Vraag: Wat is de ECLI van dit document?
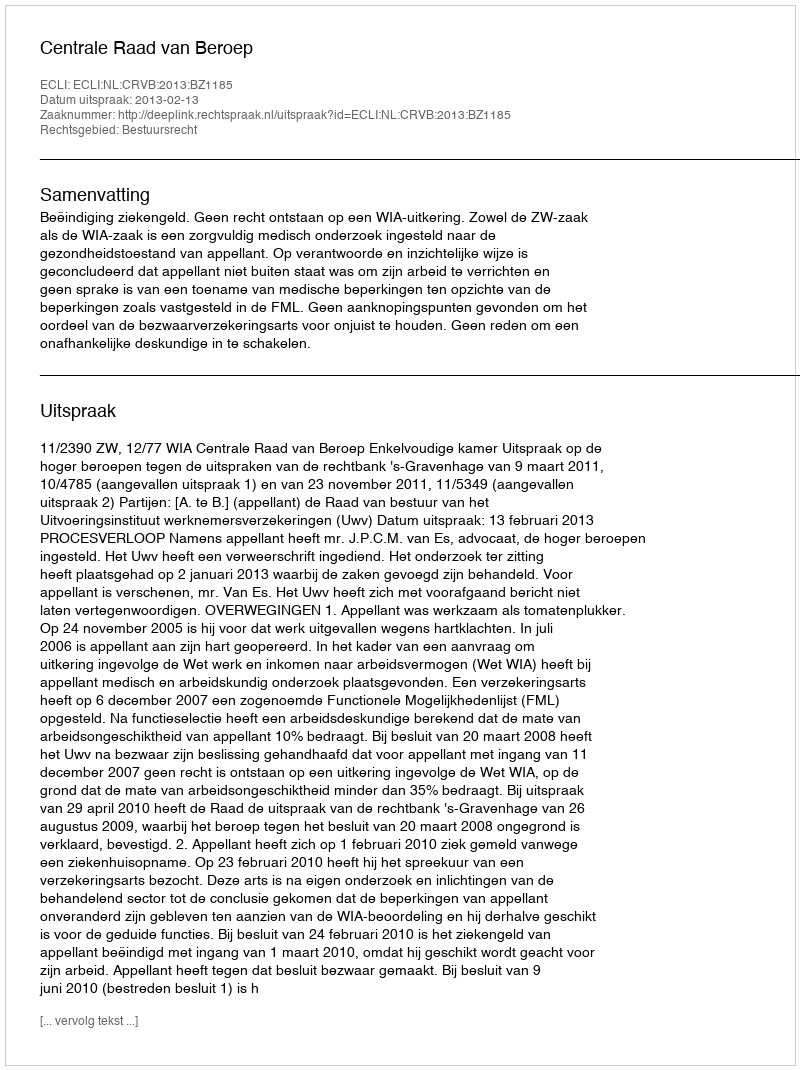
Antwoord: ECLI:NL:CRVB:2013:BZ1185